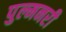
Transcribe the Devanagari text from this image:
पुल्मनरी